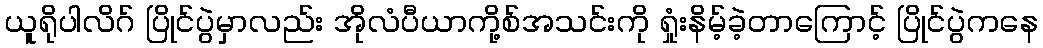
ယူရိုပါလိဂ် ပြိုင်ပွဲမှာလည်း အိုလံပီယာကို့စ်အသင်းကို ရှုံးနိမ့်ခဲ့တာကြောင့် ပြိုင်ပွဲကနေ